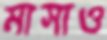
মাসাও